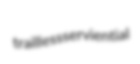
trailless serviential